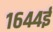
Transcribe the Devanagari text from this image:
१६४४ई